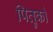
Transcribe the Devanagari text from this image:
पितुर्का